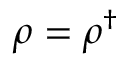
\rho = \rho ^ { \dagger }